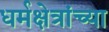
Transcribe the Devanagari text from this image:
धर्मक्षेत्रांच्या